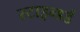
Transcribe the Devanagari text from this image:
स्टाइन्डर्ड